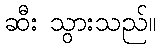
ဆီး သွားသည်။